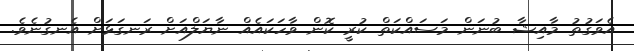
އެވަގުތު މާއިޝާ ބުނަން މަސައްކަތް ކުރީ ކޮން ވާހަކައެއް ނާޔަލްއަށް ރަނގަޅަށް އެނގުނެވެ.